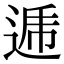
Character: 逓